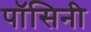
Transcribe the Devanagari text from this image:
पॉसिनी